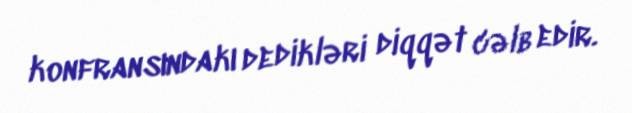
konfransındakı dedikləri diqqət cəlb edir.